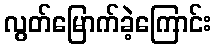
လွတ်မြောက်ခဲ့ကြောင်း